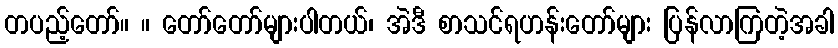
တပည့်တော်။ ။ တော်တော်များပါတယ်၊ အဲဒီ စာသင်ရဟန်းတော်များ ပြန်လာကြတဲ့အခါ